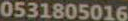
0531805016